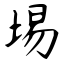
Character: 埸